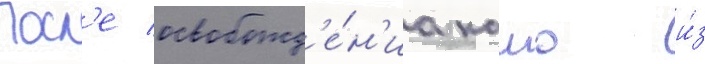
Посл'е освобожд'е́н'иа камо и́з